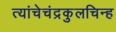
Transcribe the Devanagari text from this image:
त्यांचेचंद्रकुलचिन्ह